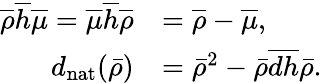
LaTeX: \begin{array}{rl}{\overline{{\rho}}\overline{{h}}\overline{{\mu}}=\overline{{\mu}}\overline{{h}}\overline{{\rho}}}&{=\overline{{\rho}}-\overline{{\mu}},}\\ {{d_{\mathrm{nat}}}(\bar{\rho})}&{=\bar{\rho}^{2}-\bar{\rho}\overline{{dh}}\bar{\rho}.}\end{array}